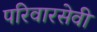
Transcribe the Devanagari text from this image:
परिवारसेवी